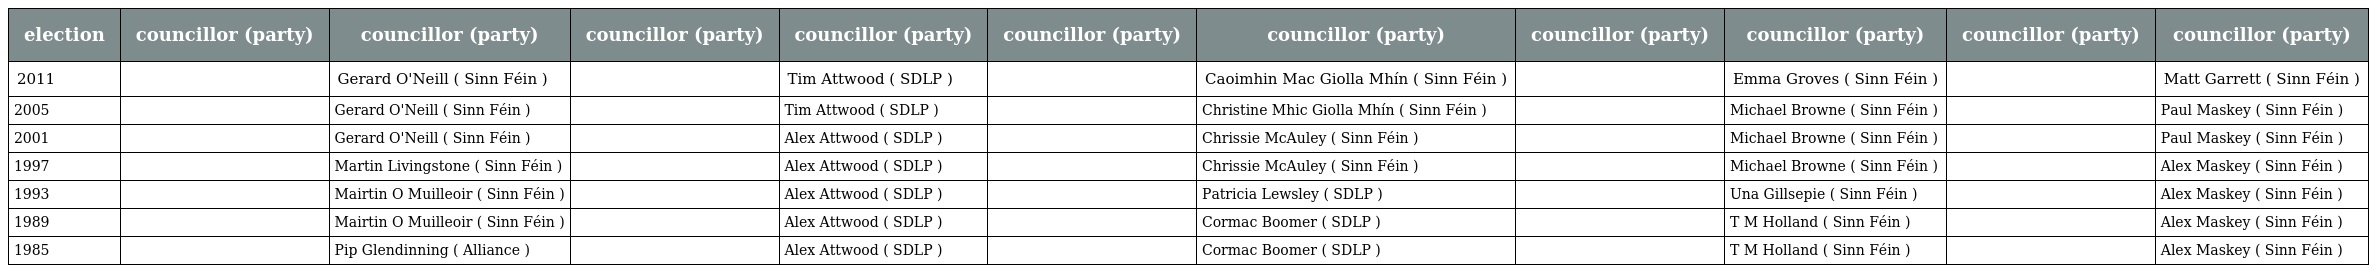
| election | councillor (party) | councillor (party) | councillor (party) | councillor (party) | councillor (party) | councillor (party) | councillor (party) | councillor (party) | councillor (party) | councillor (party) |
 | --- | --- | --- | --- | --- | --- | --- | --- | --- | --- | --- |
 | 2011 |  | Gerard O'Neill ( Sinn Féin ) |  | Tim Attwood ( SDLP ) |  | Caoimhin Mac Giolla Mhín ( Sinn Féin ) |  | Emma Groves ( Sinn Féin ) |  | Matt Garrett ( Sinn Féin ) |
 | 2005 |  | Gerard O'Neill ( Sinn Féin ) |  | Tim Attwood ( SDLP ) |  | Christine Mhic Giolla Mhín ( Sinn Féin ) |  | Michael Browne ( Sinn Féin ) |  | Paul Maskey ( Sinn Féin ) |
 | 2001 |  | Gerard O'Neill ( Sinn Féin ) |  | Alex Attwood ( SDLP ) |  | Chrissie McAuley ( Sinn Féin ) |  | Michael Browne ( Sinn Féin ) |  | Paul Maskey ( Sinn Féin ) |
 | 1997 |  | Martin Livingstone ( Sinn Féin ) |  | Alex Attwood ( SDLP ) |  | Chrissie McAuley ( Sinn Féin ) |  | Michael Browne ( Sinn Féin ) |  | Alex Maskey ( Sinn Féin ) |
 | 1993 |  | Mairtin O Muilleoir ( Sinn Féin ) |  | Alex Attwood ( SDLP ) |  | Patricia Lewsley ( SDLP ) |  | Una Gillsepie ( Sinn Féin ) |  | Alex Maskey ( Sinn Féin ) |
 | 1989 |  | Mairtin O Muilleoir ( Sinn Féin ) |  | Alex Attwood ( SDLP ) |  | Cormac Boomer ( SDLP ) |  | T M Holland ( Sinn Féin ) |  | Alex Maskey ( Sinn Féin ) |
 | 1985 |  | Pip Glendinning ( Alliance ) |  | Alex Attwood ( SDLP ) |  | Cormac Boomer ( SDLP ) |  | T M Holland ( Sinn Féin ) |  | Alex Maskey ( Sinn Féin ) |